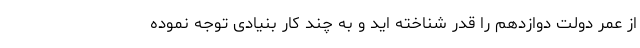
از عمر دولت دوازدهم را قدر شناخته اید و به چند کار بنیادی توجه نموده